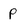
Character: p